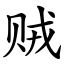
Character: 贼